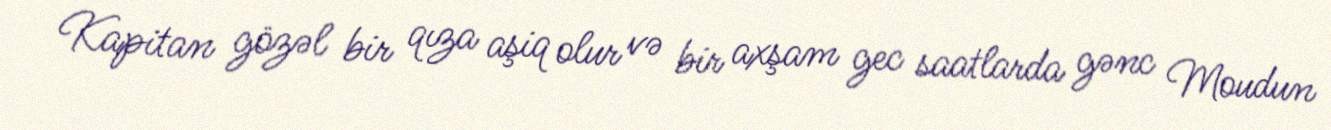
Kapitan gözəl bir qıza aşiq olur və bir axşam gec saatlarda gənc Moudun